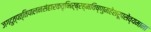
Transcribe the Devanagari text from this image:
जगदुत्पत्तिपालनसंहारकतृभिर्ब्रह्मविष्णुमहेशरूपसेव्यमाना